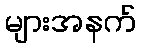
များအနက်